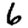
Digit: 6